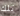
تلك